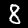
Label: 8